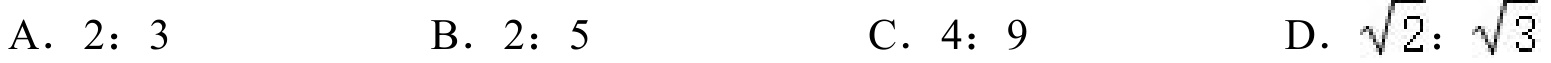
A. \(2:3\)  B. \(2:5\)  C. \(4:9\)  D. \(\sqrt{2}:\sqrt{3}\)